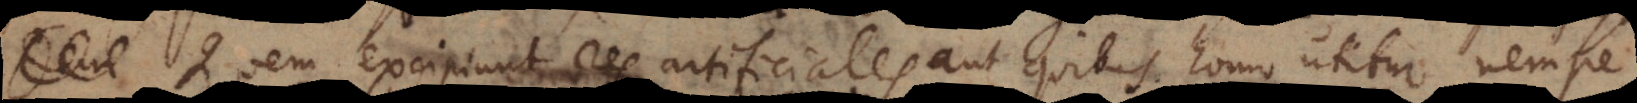
Quem excipiunt res artificiales aut quibus homo utitur, nempe